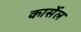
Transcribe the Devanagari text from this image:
कार्सेल